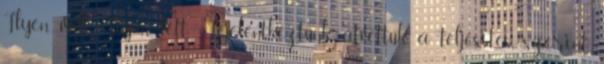
Ilyen volt: Ilyen lett: Lejelentkeztünk, átvettük a teljesítés szerint